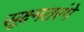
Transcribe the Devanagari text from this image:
सूक्ष्मतरंगे